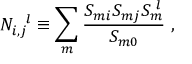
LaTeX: N _ { i , j } ^ { ~ ~ l } \equiv \sum _ { m } \frac { S _ { m i } S _ { m j } S _ { m } ^ { ~ l } } { S _ { m 0 } } ~ ,